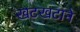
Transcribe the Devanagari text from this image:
खटखटाने